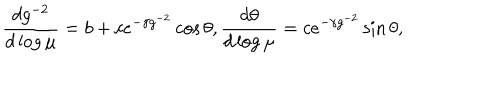
\frac { d g ^ { - 2 } } { d \log \mu } = b + c e ^ { - \gamma g ^ { - 2 } } \cos \theta , \frac { d \theta } { d \log \mu } = c e ^ { - \gamma g ^ { - 2 } } \sin \theta ,